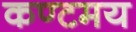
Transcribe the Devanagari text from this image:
कण्टमय